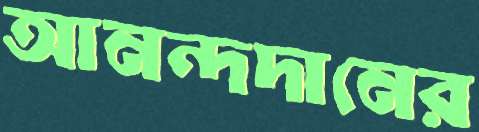
আনন্দদানের